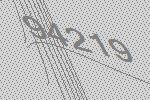
94219